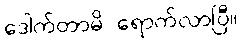
ဒေါက်တာမိ ရောက်လာပြီ။